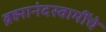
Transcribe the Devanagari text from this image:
ब्रह्मानंदस्वामींचे